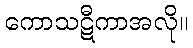
ကောသဋီကာအလို။